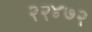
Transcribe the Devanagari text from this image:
२२४७२